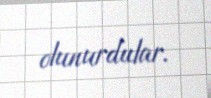
olunurdular.